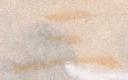
三